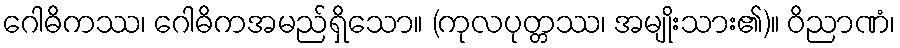
ဂေါဓိကဿ၊ ဂေါဓိကအမည်ရှိသော။ (ကုလပုတ္တဿ၊ အမျိုးသား၏)။ ဝိညာဏံ၊